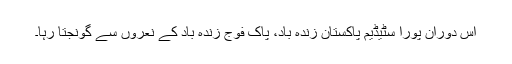
اس دوران پورا سٹیڈیم پاکستان زندہ باد، پاک فوج زندہ باد کے نعروں سے گونجتا رہا۔